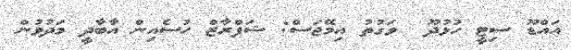
އައްޑޫ ސިޓީ ހުޅުދޫ  ވަގުތު އިމޭޖަސް: ޝަފްރާޒް ހުސެއިން އާބާދީ މަދުވުން